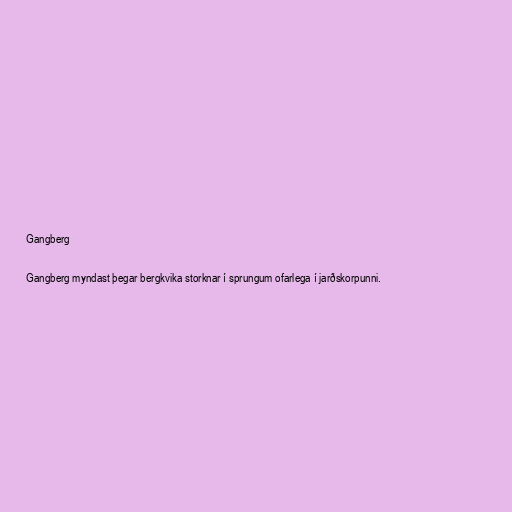
Gangberg

Gangberg myndast þegar bergkvika storknar í sprungum ofarlega í jarðskorpunni.